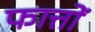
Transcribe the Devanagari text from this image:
फात्तों